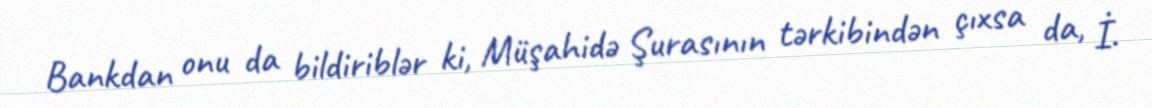
Bankdan onu da bildiriblər ki, Müşahidə Şurasının tərkibindən çıxsa da, İ.